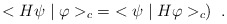
\begin{align*}<H\psi \mid \varphi>_{c}\; = \;<\psi \mid H\varphi>_{c}) \; \; .\end{align*}